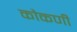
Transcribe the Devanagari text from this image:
कौकणी